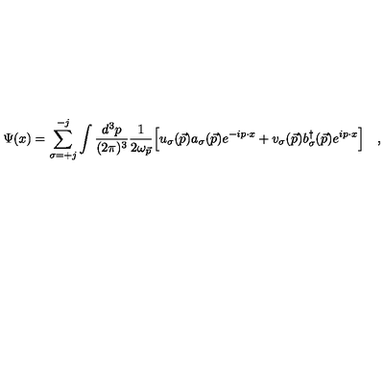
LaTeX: \Psi ( x ) = \sum _ { \sigma = + j } ^ { - j } \int { \frac { d ^ { 3 } p } { ( 2 \pi ) ^ { 3 } } } { \frac { 1 } { 2 \omega _ { \vec { p } } } } \Big [ u _ { \sigma } ( \vec { p } ) a _ { \sigma } ( \vec { p } ) e ^ { - i p \cdot x } + v _ { \sigma } ( \vec { p } ) b _ { \sigma } ^ { \dagger } ( \vec { p } ) e ^ { i p \cdot x } \Bigr ] \quad ,